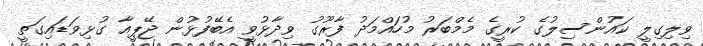
ވިލިގިލީ ކައުންސިލުގެ ކުރީގެ މެމްބަރު މުހައްމަދު ފާރޫގު ވިދާޅުވީ އެބޭފުޅުން ޖޭޕީއާ ގުޅިވަޑައިގަތީ